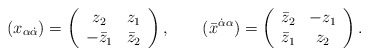
\begin{align*}(x_{\alpha\dot\alpha})=\left(\begin{array}{cc} z_2 & z_1 \\ -\bar{z}_1 & \bar{z}_2 \end{array}\right), \qquad(\bar{x}^{\dot\alpha\alpha})=\left(\begin{array}{cc} \bar{z}_2 &- z_1 \\ \bar{z}_1 & z_2 \end{array}\right).\end{align*}